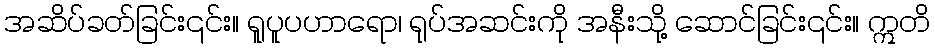
အဆိပ်ခတ်ခြင်း၎င်း။ ရူပူပဟာရော၊ ရုပ်အဆင်းကို အနီးသို့ ဆောင်ခြင်း၎င်း။ ဣတိ